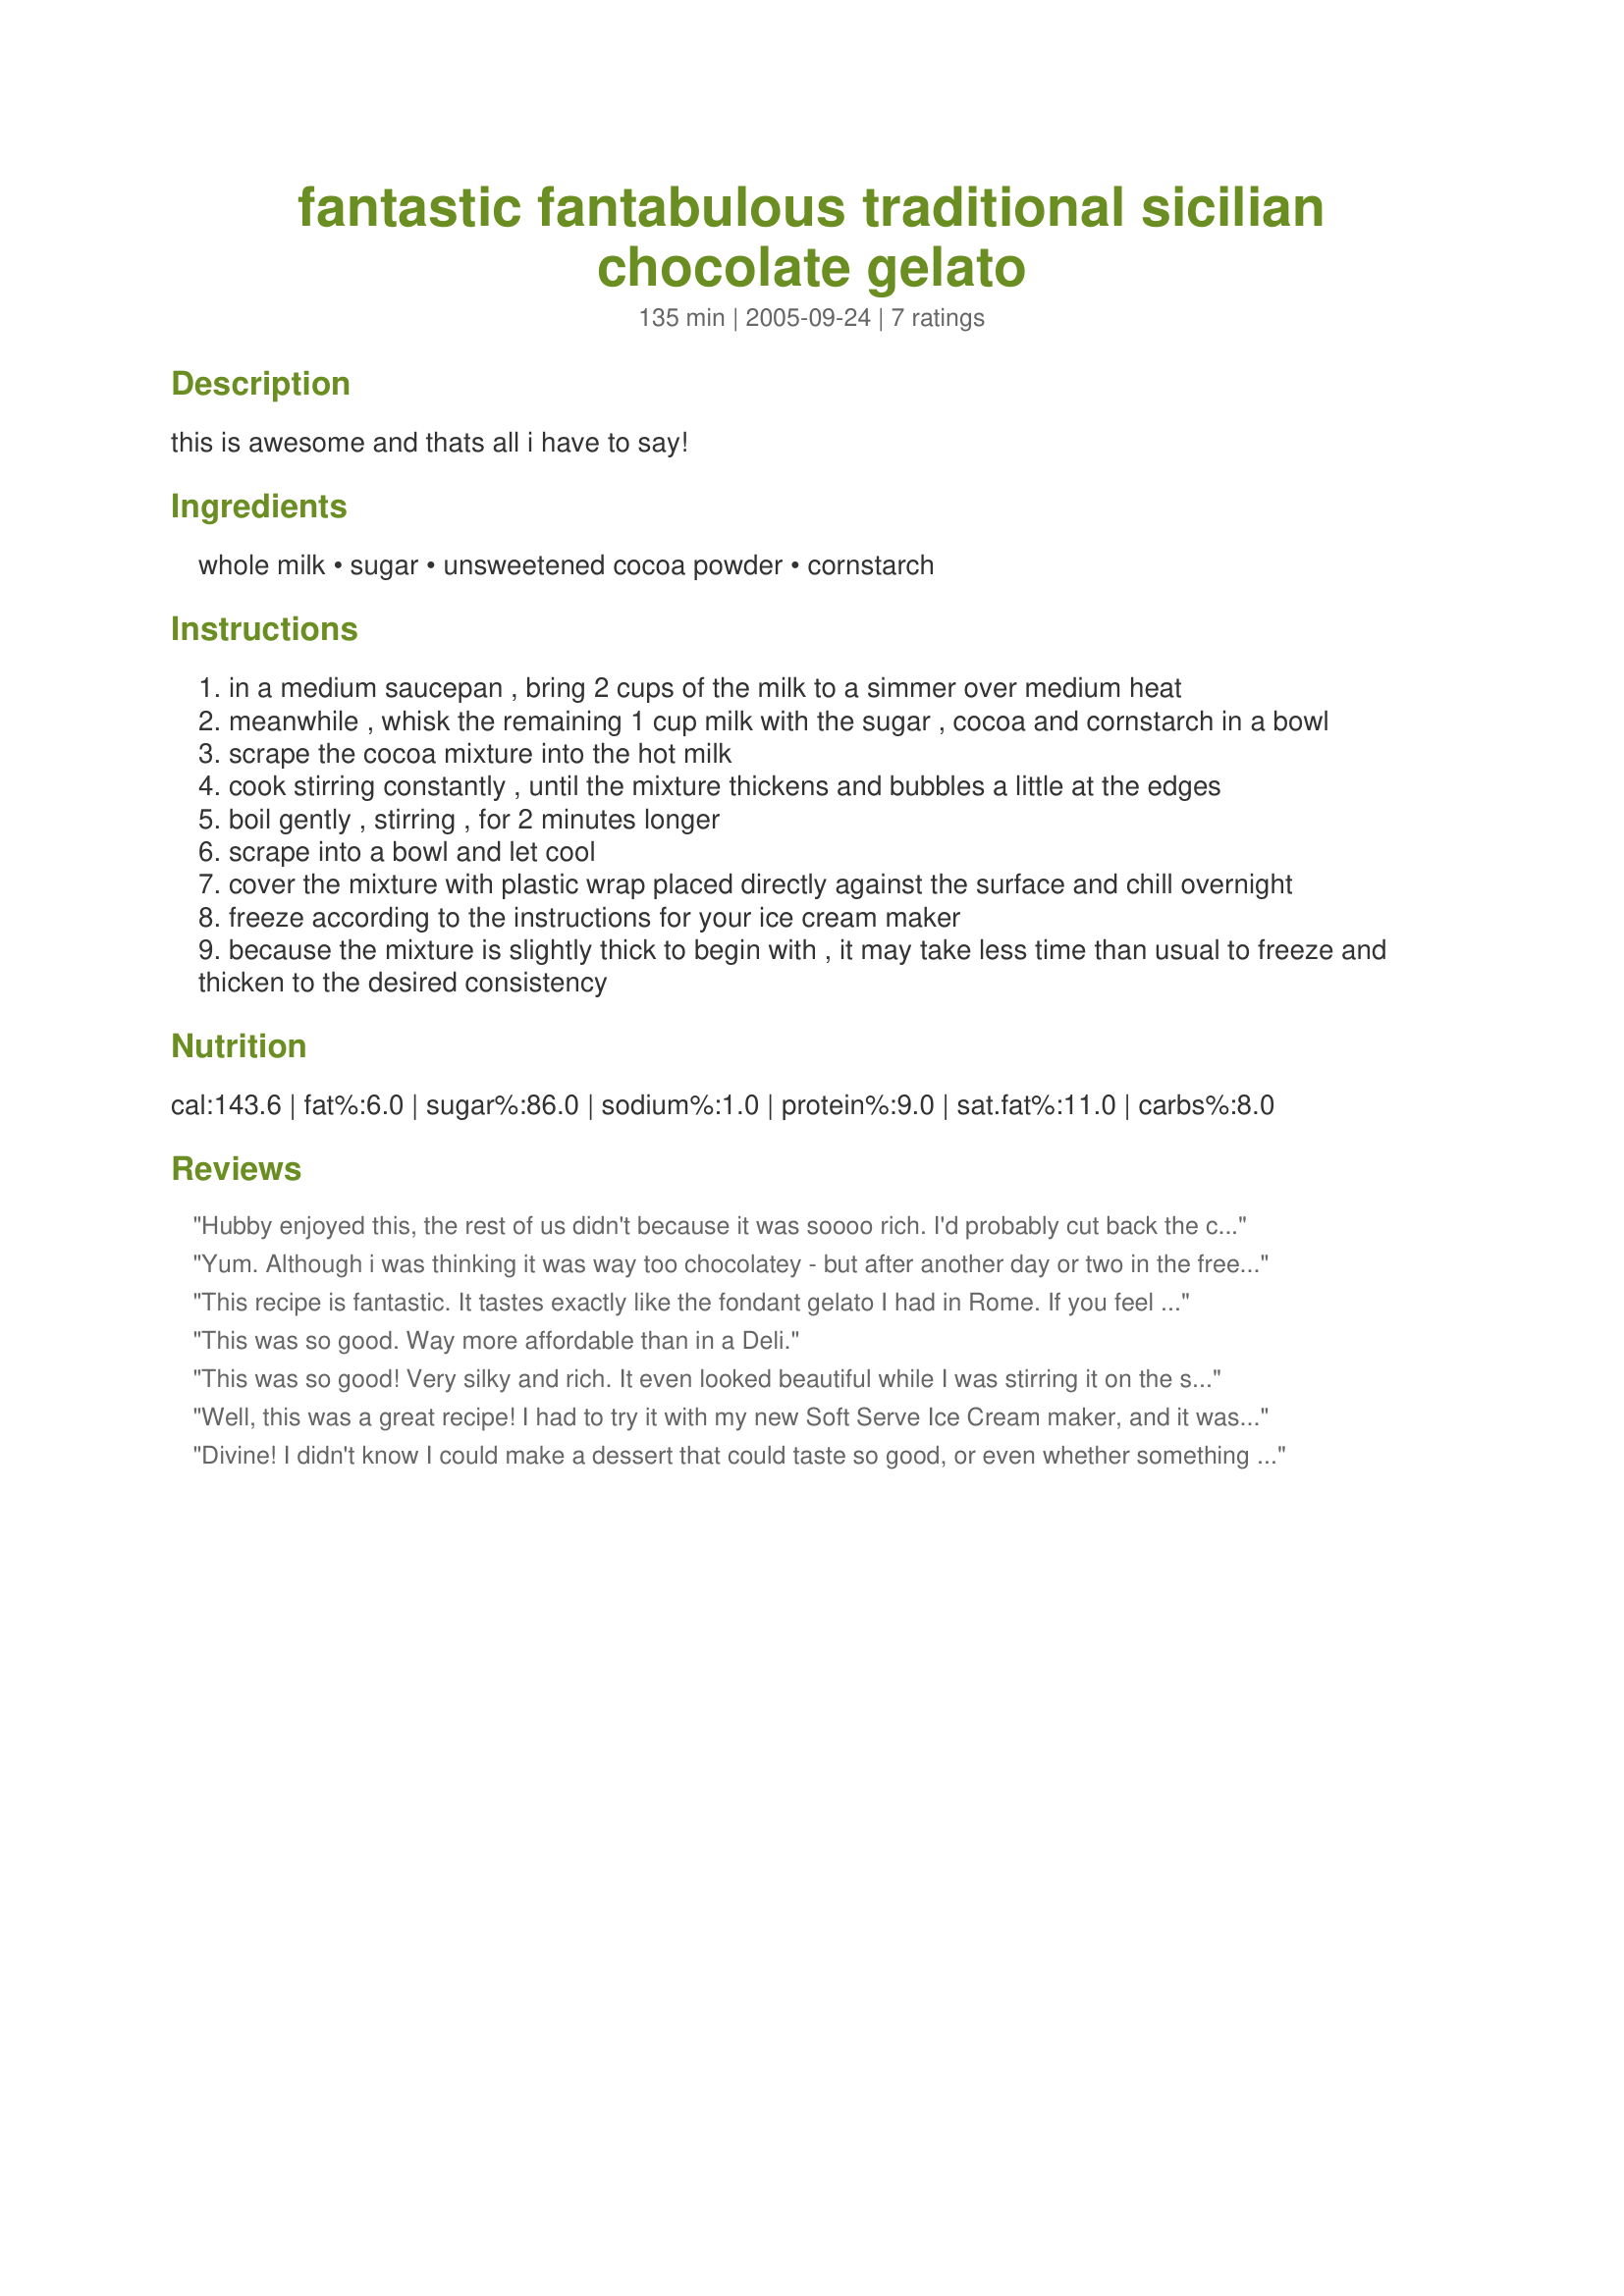
fantastic fantabulous traditional sicilian chocolate gelato
Preparation time: 135 minutes

this is awesome and thats all i have to say!

Ingredients:
whole milk, sugar, unsweetened cocoa powder, cornstarch

Steps:
in a medium saucepan , bring 2 cups of the milk to a simmer over medium heat
meanwhile , whisk the remaining 1 cup milk with the sugar , cocoa and cornstarch in a bowl
scrape the cocoa mixture into the hot milk
cook stirring constantly , until the mixture thickens and bubbles a little at the edges
boil gently , stirring , for 2 minutes longer
scrape into a bowl and let cool
cover the mixture with plastic wrap placed directly against the surface and chill overnight
freeze according to the instructions for your ice cream maker
because the mixture is slightly thick to begin with , it may take less time than usual to freeze and thicken to the desired consistency

Reviews:
Hubby enjoyed this, the rest of us didn't because it was soooo rich. I'd probably cut back the cocoa by half if I made it again. I made 12 small individual desserts, ready to be topped with a dollop of white cream and berries. Definitely a good cheap recipe for those into rich chocolate desserts! And easy to make too.
Yum. Although i was thinking it was way too chocolatey - but after another day or two in the freezer I couldn't stay away. The taste is so fudgey - it reminds me of these chocolate fudge pops we ate as kids. I might use 1/4 cup less cocoa powder next time as Dutch cocoa is pretty chocolatey anyways. I also used 2% - reduced fat milk - oh yum.
This recipe is fantastic. It tastes exactly like the fondant gelato I had in Rome. If you feel it is too rich try cutting back on the cocoa. Although personally &quot;Too rich, there is no such thing!&quot;
This was so good. Way more affordable than in a Deli.
This was so good! Very silky and rich. It even looked beautiful while I was stirring it on the stove. Just because it was all I had, I used light vanilla soy milk and the Hershey's Special Dark unsweetened cocoa. Thanks for a great recipe.
Well, this was a great recipe! I had to try it with my new Soft Serve Ice Cream maker, and it was oh so yummy!

My modification- added 1 egg and tempered it. Instead of 3 cups of milk, it was 2 cups Milk 1 Cup Cream, 1/2 Teaspon of Instant Coffee (to bring out chocolate flavor) and big pinch of salt .

I JUST finished eating the leftovers of this, and wow, it tastes like the popular brand from the store! This takes well to 'mix ins' . Soft, Scoopable, Just enough Chocolate, but rich...this is a keeper and will be making this again:)
Divine! I didn't know I could make a dessert that could taste so good, or even whether something SHOULD be tasting as good as this. Thanks for the recipe!!
